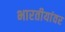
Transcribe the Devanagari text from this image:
भारतीयांवर